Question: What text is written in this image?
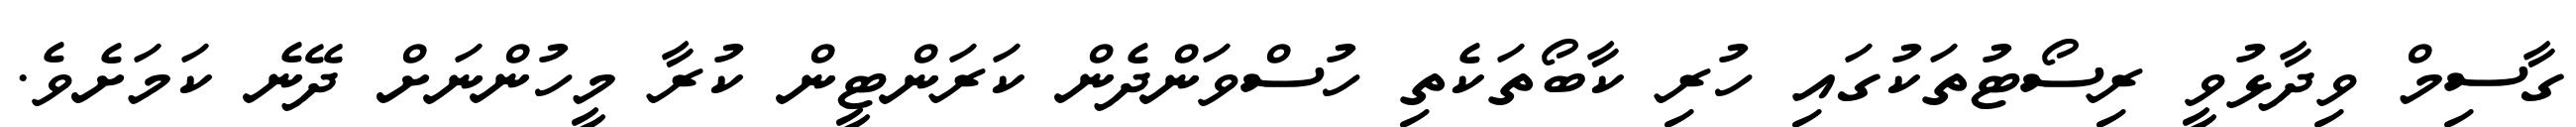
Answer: ގާސިމް ވިދާޅުވީ ރިސޯޓުތަކުގައި ހުރި ކާބޯތަކެތި ހުސްވަންދެން ކަރަންޓީން ކުރާ މީހުންނަށް ދޭނެ ކަމަށެވެ.